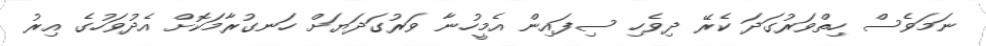
ނަމަވެސް ހިތްވަރުގަދަ ކެރޭ ދިވެހި ސިފައިން އެމީހުނާ ވަރުގަދަޔަށް ހަނގުރާމަކޮށް އެދުވަހުގެ އިރު